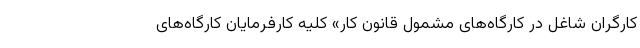
کارگران شاغل در کارگاه‌های مشمول قانون کار» کلیه کارفرمایان کارگاه‌های